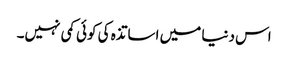
اس دنیا میں اساتذہ کی کوئی کمی نہیں۔